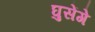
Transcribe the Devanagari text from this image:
घुसेंगे